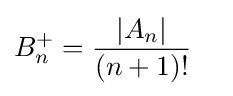
B_{n}^{+}={\frac {|A_{n}|}{(n+1)!}}~~~